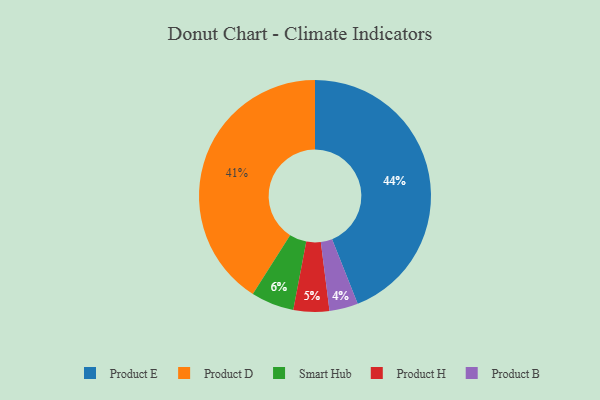
{"axis": {"x": "Category", "y": "Percentage"}, "legend": ["Product B", "Product D", "Product E", "Product H", "Smart Hub"], "data": [{"x": "Product H", "y": 5, "type": "Product H"}, {"x": "Smart Hub", "y": 6, "type": "Smart Hub"}, {"x": "Product B", "y": 4, "type": "Product B"}, {"x": "Product E", "y": 44, "type": "Product E"}, {"x": "Product D", "y": 41, "type": "Product D"}]}